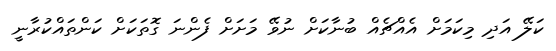
ކަލޭ އަދި މިކަމަށް އެއްޗެއް ބުނާކަށް ނުވޭ މަށަށް ފެންނަ ގޮތަކަށް ކަންތައްކުރާނީ